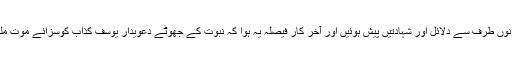
دونوں طرف سے دلائل اور شہادتیں پیش ہوئیں اور آخر کار فیصلہ یہ ہوا کہ نبوت کے جھوٹے دعویدار یوسف کذاب کوسزائے موت ملی۔